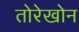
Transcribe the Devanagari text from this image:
तोरेखोन